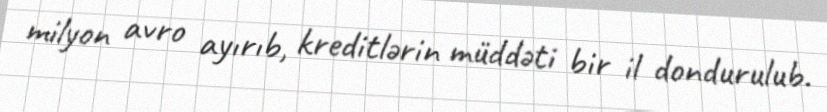
milyon avro ayırıb, kreditlərin müddəti bir il dondurulub.